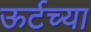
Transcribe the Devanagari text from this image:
ऊर्टच्या